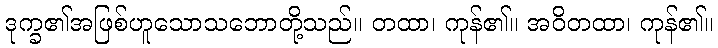
ဒုက္ခ၏အဖြစ်ဟူသောသဘောတို့သည်။ တထာ၊ ကုန်၏။ အဝိတထာ၊ ကုန်၏။